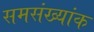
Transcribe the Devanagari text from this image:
समसंख्यांक